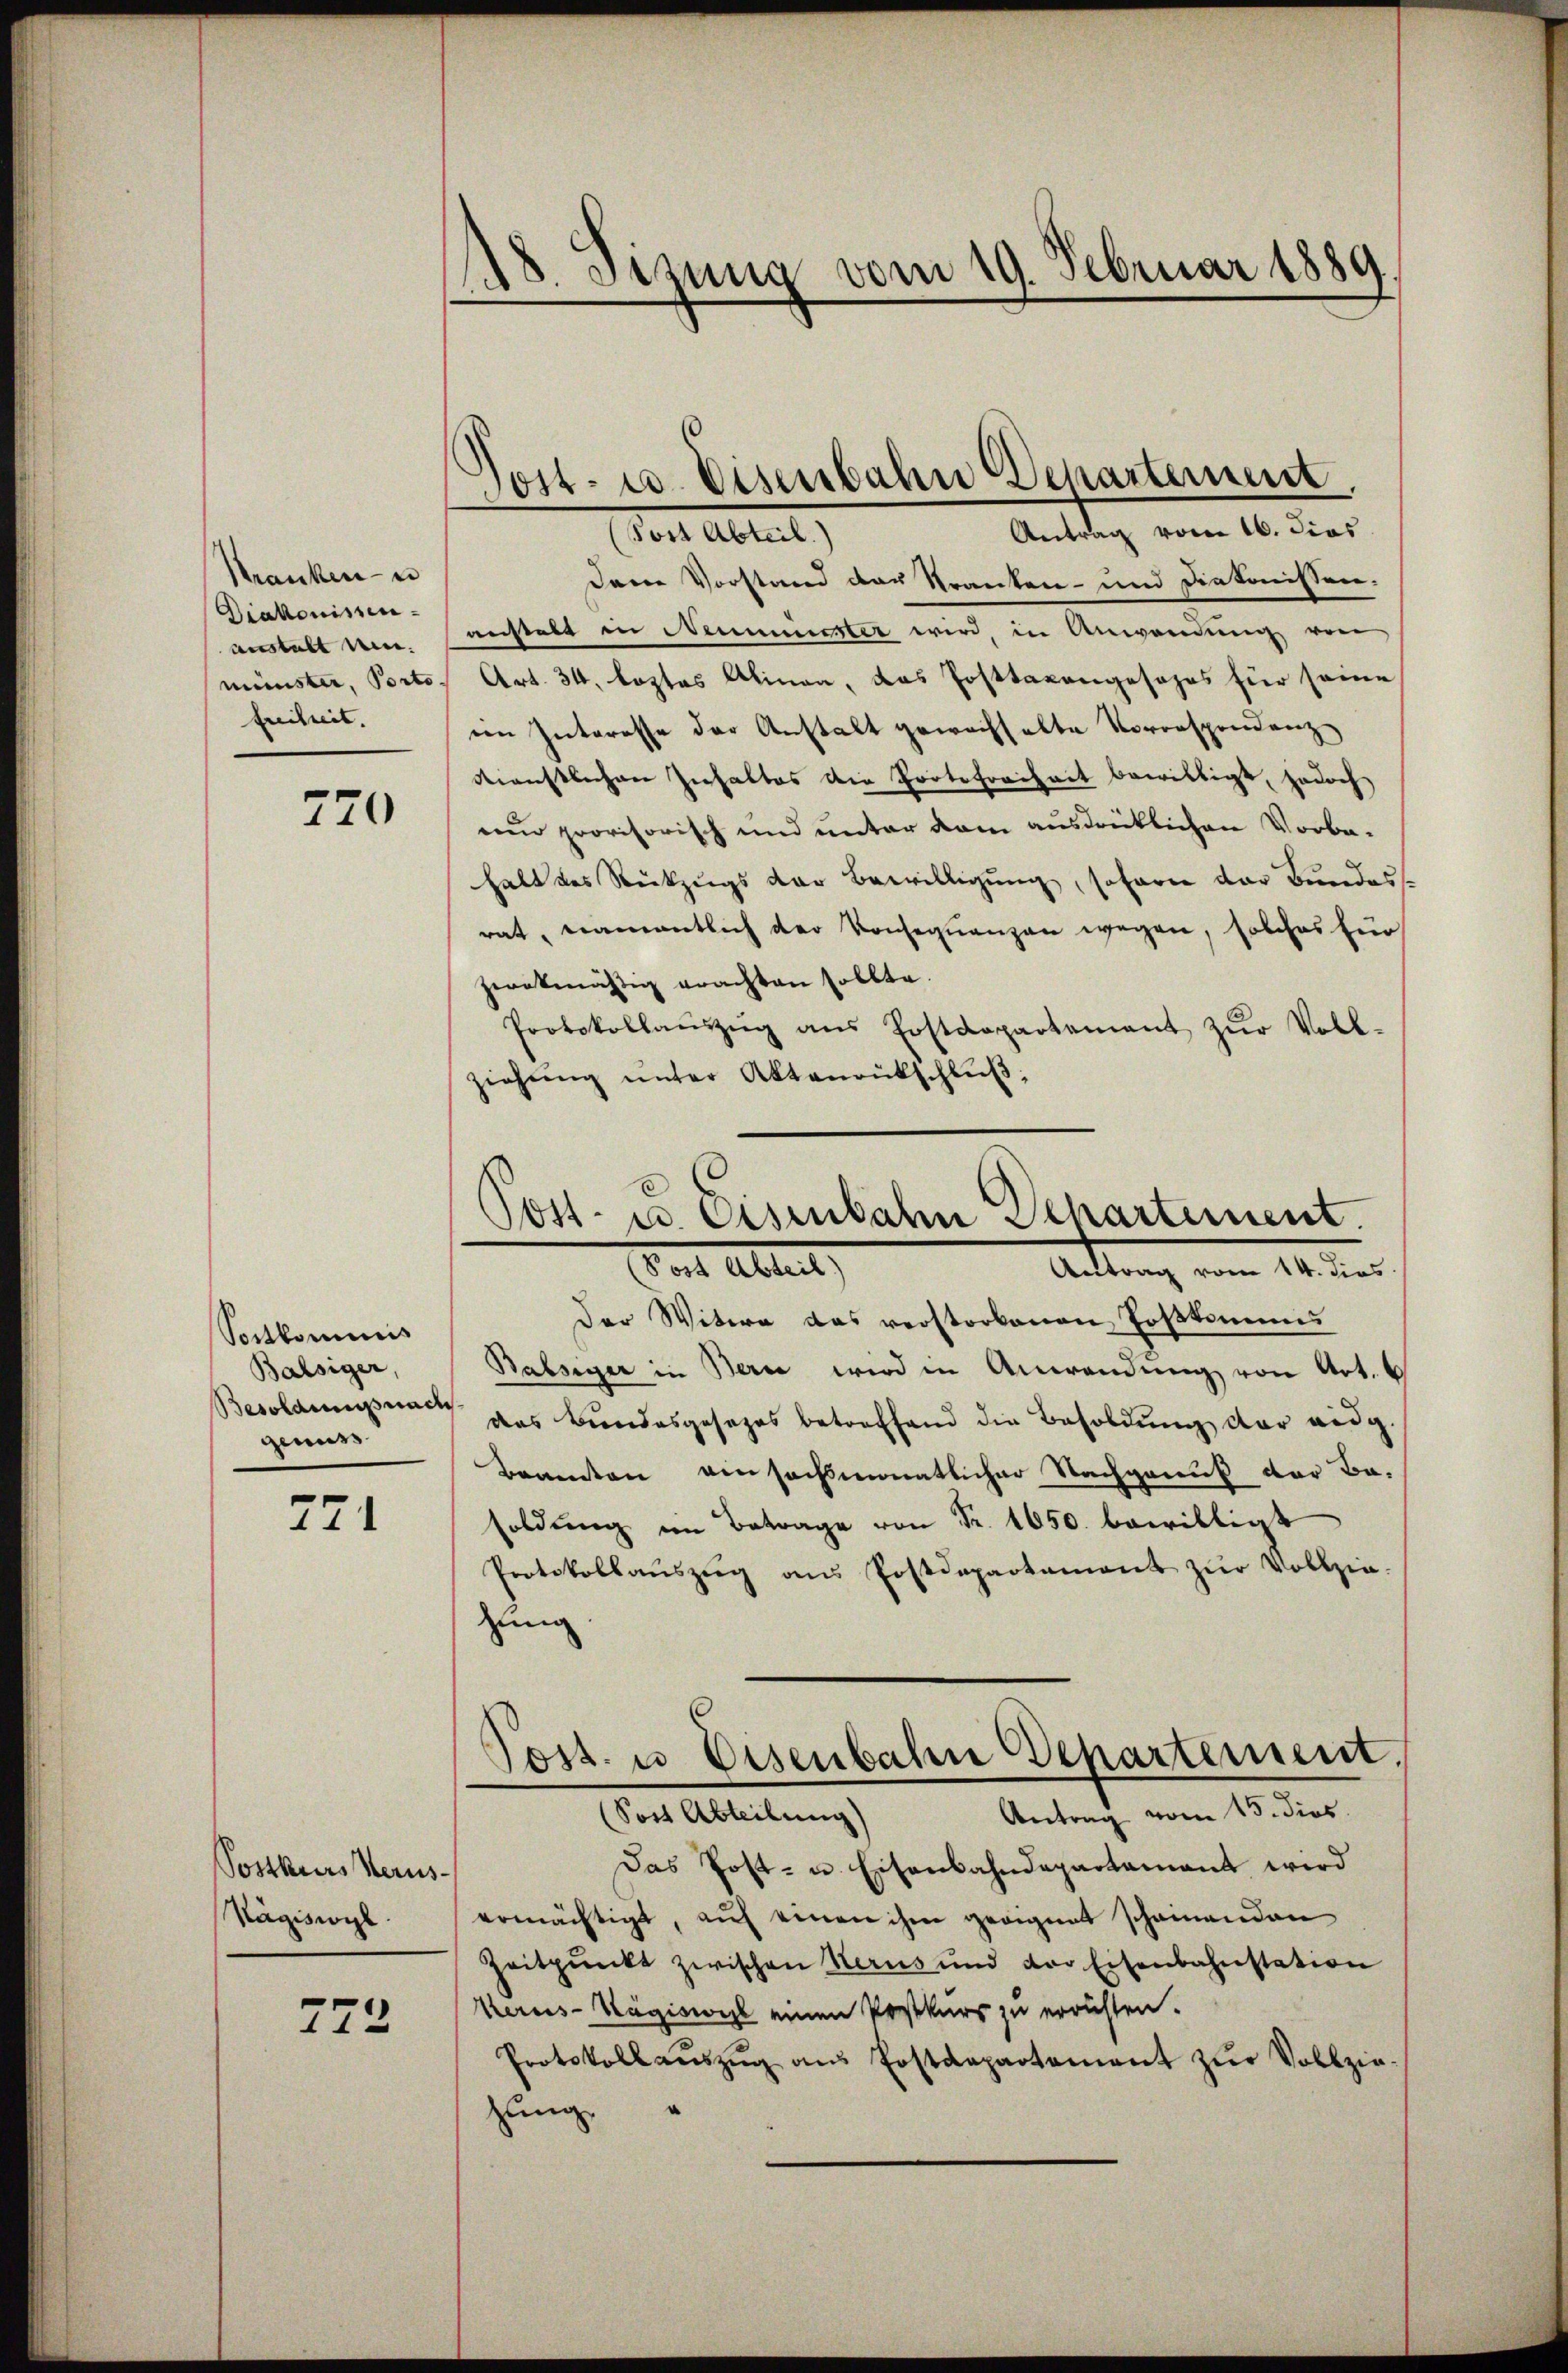
Kranken- u
Diakonissen
anstalt mir.
münster, Porto
freiheit.

270

Sortkommis
Balsiger,
Besolanus nach
genuss

221

Sostkurs Herus-
Nägiswyl

772

18. Sizung vom 19. Februar 1889.

Post- u. Eisenbahn Departement.
Antrag vom 16. dies

(Post Abteil.)
dene Vorstand der Kranken- und Diakonissen-
anstalt in Neummester wird, in Anwendŭng von
Art. 34, leztes Alinen, das Posttaxangosohrs für seine
im Interesse der Anstalt gewachhalte Vorrespondenz-
dienstlichen Inhaltes die Protefreiheit bewilligt, jedoch
nnd provisorisch und unter dem ausdrücklichen Vorbe-
halt des Rückzugs der Bewilligung, sofern der Bundes-
rat, namentlich der Konsequenzen wegen, solches für
zwekmäßig erachten sollte.
Protokollanzŭg ans Erstdepartement zŭr Voll-
ziehŭng ŭnter Aktenrütschlŭβ:

Post es Eisenbahn Departement.
Gant Altert,
Antrag vom 14. dies

Der Witwe das verstorbenen Toskommis
Balsiger in Bern wird in Anwendung von Art. 6
das Bundesgesezes betreffend die Besoldŭng der eidg.
Beamten einsachsmonatlicher Nachgenuß der Be-
soldung im Betrage von Fr. 1650. bewilligt
Protokollaŭszŭg aŭs Postdepartamant zŭr Vollzie-
zung
Post. u. Eisenbahn Departement.
Antrag vom 15. dies
(Sost Abteilung)
Das Post- u. Eisenbahndepartamant wird
ermächtigt, auf einen ihm geeignet scheinenden
Zeitpunkt zwischen Herus und der Eisenbahnstation
Kerus-Wägiswil einen Postkurs zu errüsten.
Protokoll aŭszŭg aŭs Postdepartament zŭr Vollzie-
zung